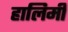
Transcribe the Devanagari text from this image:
हालिमी